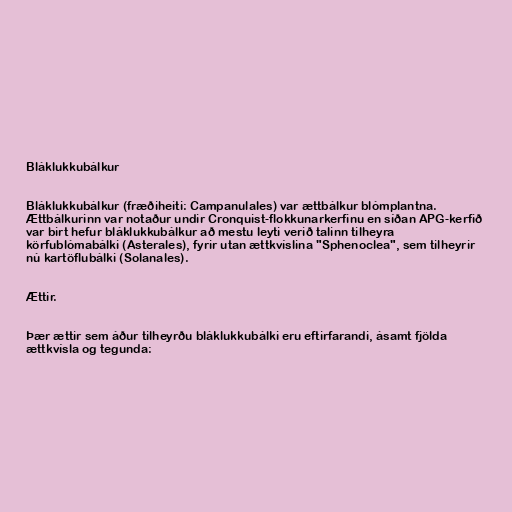
Bláklukkubálkur

Bláklukkubálkur (fræðiheiti: Campanulales) var ættbálkur blómplantna.
Ættbálkurinn var notaður undir Cronquist-flokkunarkerfinu en síðan APG-kerfið
var birt hefur bláklukkubálkur að mestu leyti verið talinn tilheyra
körfublómabálki (Asterales), fyrir utan ættkvíslina "Sphenoclea", sem tilheyrir
nú kartöflubálki (Solanales).

Ættir.

Þær ættir sem áður tilheyrðu bláklukkubálki eru eftirfarandi, ásamt fjölda
ættkvísla og tegunda: